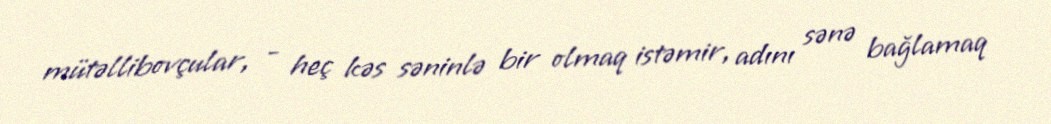
mütəllibovçular, - heç kəs səninlə bir olmaq istəmir, adını sənə bağlamaq